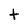
Character: t